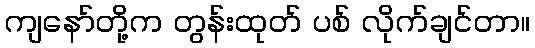
ကျနော်တို့က တွန်းထုတ် ပစ် လိုက်ချင်တာ။